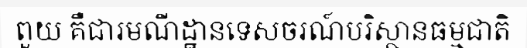
ពួយ គឺជារមណីដ្ឋានទេសចរណ៍បរិស្ថានធម្មជាតិ